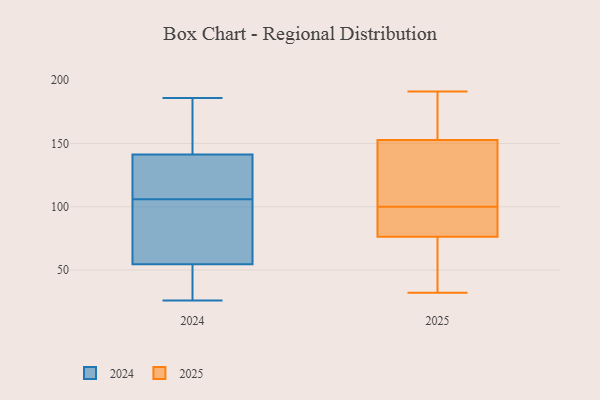
{"axis": {"x": "Temperature (°C)", "y": "Value"}, "legend": ["2024", "2025"], "data": [{"x": "", "y": 72, "type": "2024"}, {"x": "", "y": 185, "type": "2024"}, {"x": "", "y": 142, "type": "2024"}, {"x": "", "y": 161, "type": "2024"}, {"x": "", "y": 50, "type": "2024"}, {"x": "", "y": 106, "type": "2024"}, {"x": "", "y": 75, "type": "2024"}, {"x": "", "y": 46, "type": "2024"}, {"x": "", "y": 141, "type": "2024"}, {"x": "", "y": 49, "type": "2024"}, {"x": "", "y": 186, "type": "2024"}, {"x": "", "y": 135, "type": "2024"}, {"x": "", "y": 56, "type": "2024"}, {"x": "", "y": 81, "type": "2024"}, {"x": "", "y": 107, "type": "2024"}, {"x": "", "y": 126, "type": "2024"}, {"x": "", "y": 26, "type": "2024"}, {"x": "", "y": 71, "type": "2025"}, {"x": "", "y": 32, "type": "2025"}, {"x": "", "y": 167, "type": "2025"}, {"x": "", "y": 98, "type": "2025"}, {"x": "", "y": 191, "type": "2025"}, {"x": "", "y": 92, "type": "2025"}, {"x": "", "y": 172, "type": "2025"}, {"x": "", "y": 44, "type": "2025"}, {"x": "", "y": 110, "type": "2025"}, {"x": "", "y": 100, "type": "2025"}, {"x": "", "y": 106, "type": "2025"}]}